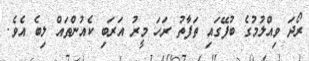
ރޯދަ ވިއްލުމުގެ ބުފޭގައި ތަފާތު ރަހަ މީރު އަރަބި ކެއުންތައް ލިބެ އެވެ.